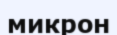
микрон